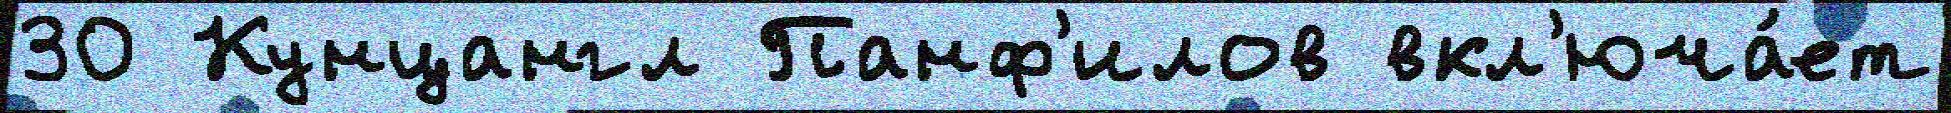
30 Кунцангл Панф'илов вкл'юча́ет